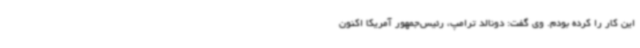
این کار را کرده بودم. وی گفت: دونالد ترامپ، رئیس‌جمهور آمریکا اکنون